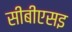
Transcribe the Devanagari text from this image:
सीबीएसइ